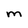
Character: M